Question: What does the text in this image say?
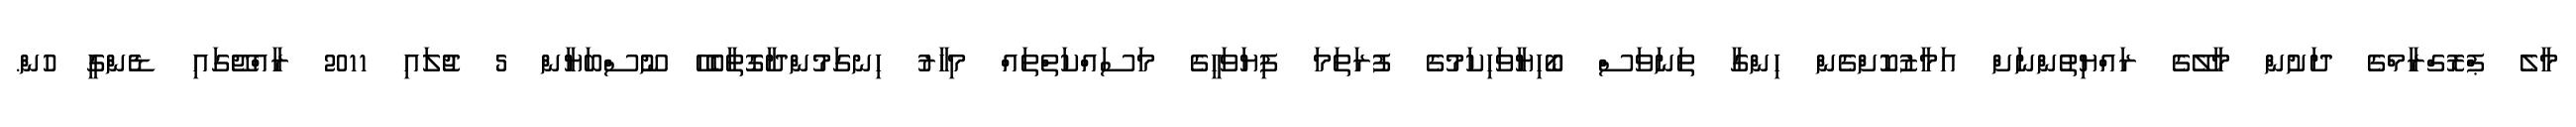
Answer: މާލެ ޕްރޮގްރާމްގެ ދަށުން މާލޭގެ ރައްޔިތުންނަށް އަމާޒުކޮށްގެން ހިންގާ ތަނަވަސް ބޯހިޔާވަހިކަމުގެ ފުރަތަމަ ފިޔަވަހީގެ މަސައްކަތްތައް މިހާރު ހިނގަމުންދާގޮތާބެހޭ ނޫސްބަޔާން 5 ޖުލައި 2011 ރާއްޖޭގައި ޑެންގީ ހުން.